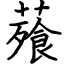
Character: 薞